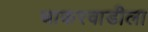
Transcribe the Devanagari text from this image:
चाकरवाडीला